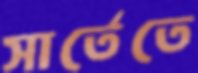
সার্তেতে